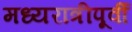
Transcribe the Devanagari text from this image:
मध्यरात्रीपूर्वी